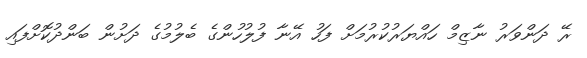
ރޭ ދަންވަރު ނާޒިމް ހައްޔަރުކުރުމަށް ފަހު އޭނާ ފުލުހުންގެ ބެލުމުގެ ދަށުން ބަންދުކޮށްފައި